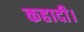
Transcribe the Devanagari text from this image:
कहादी।